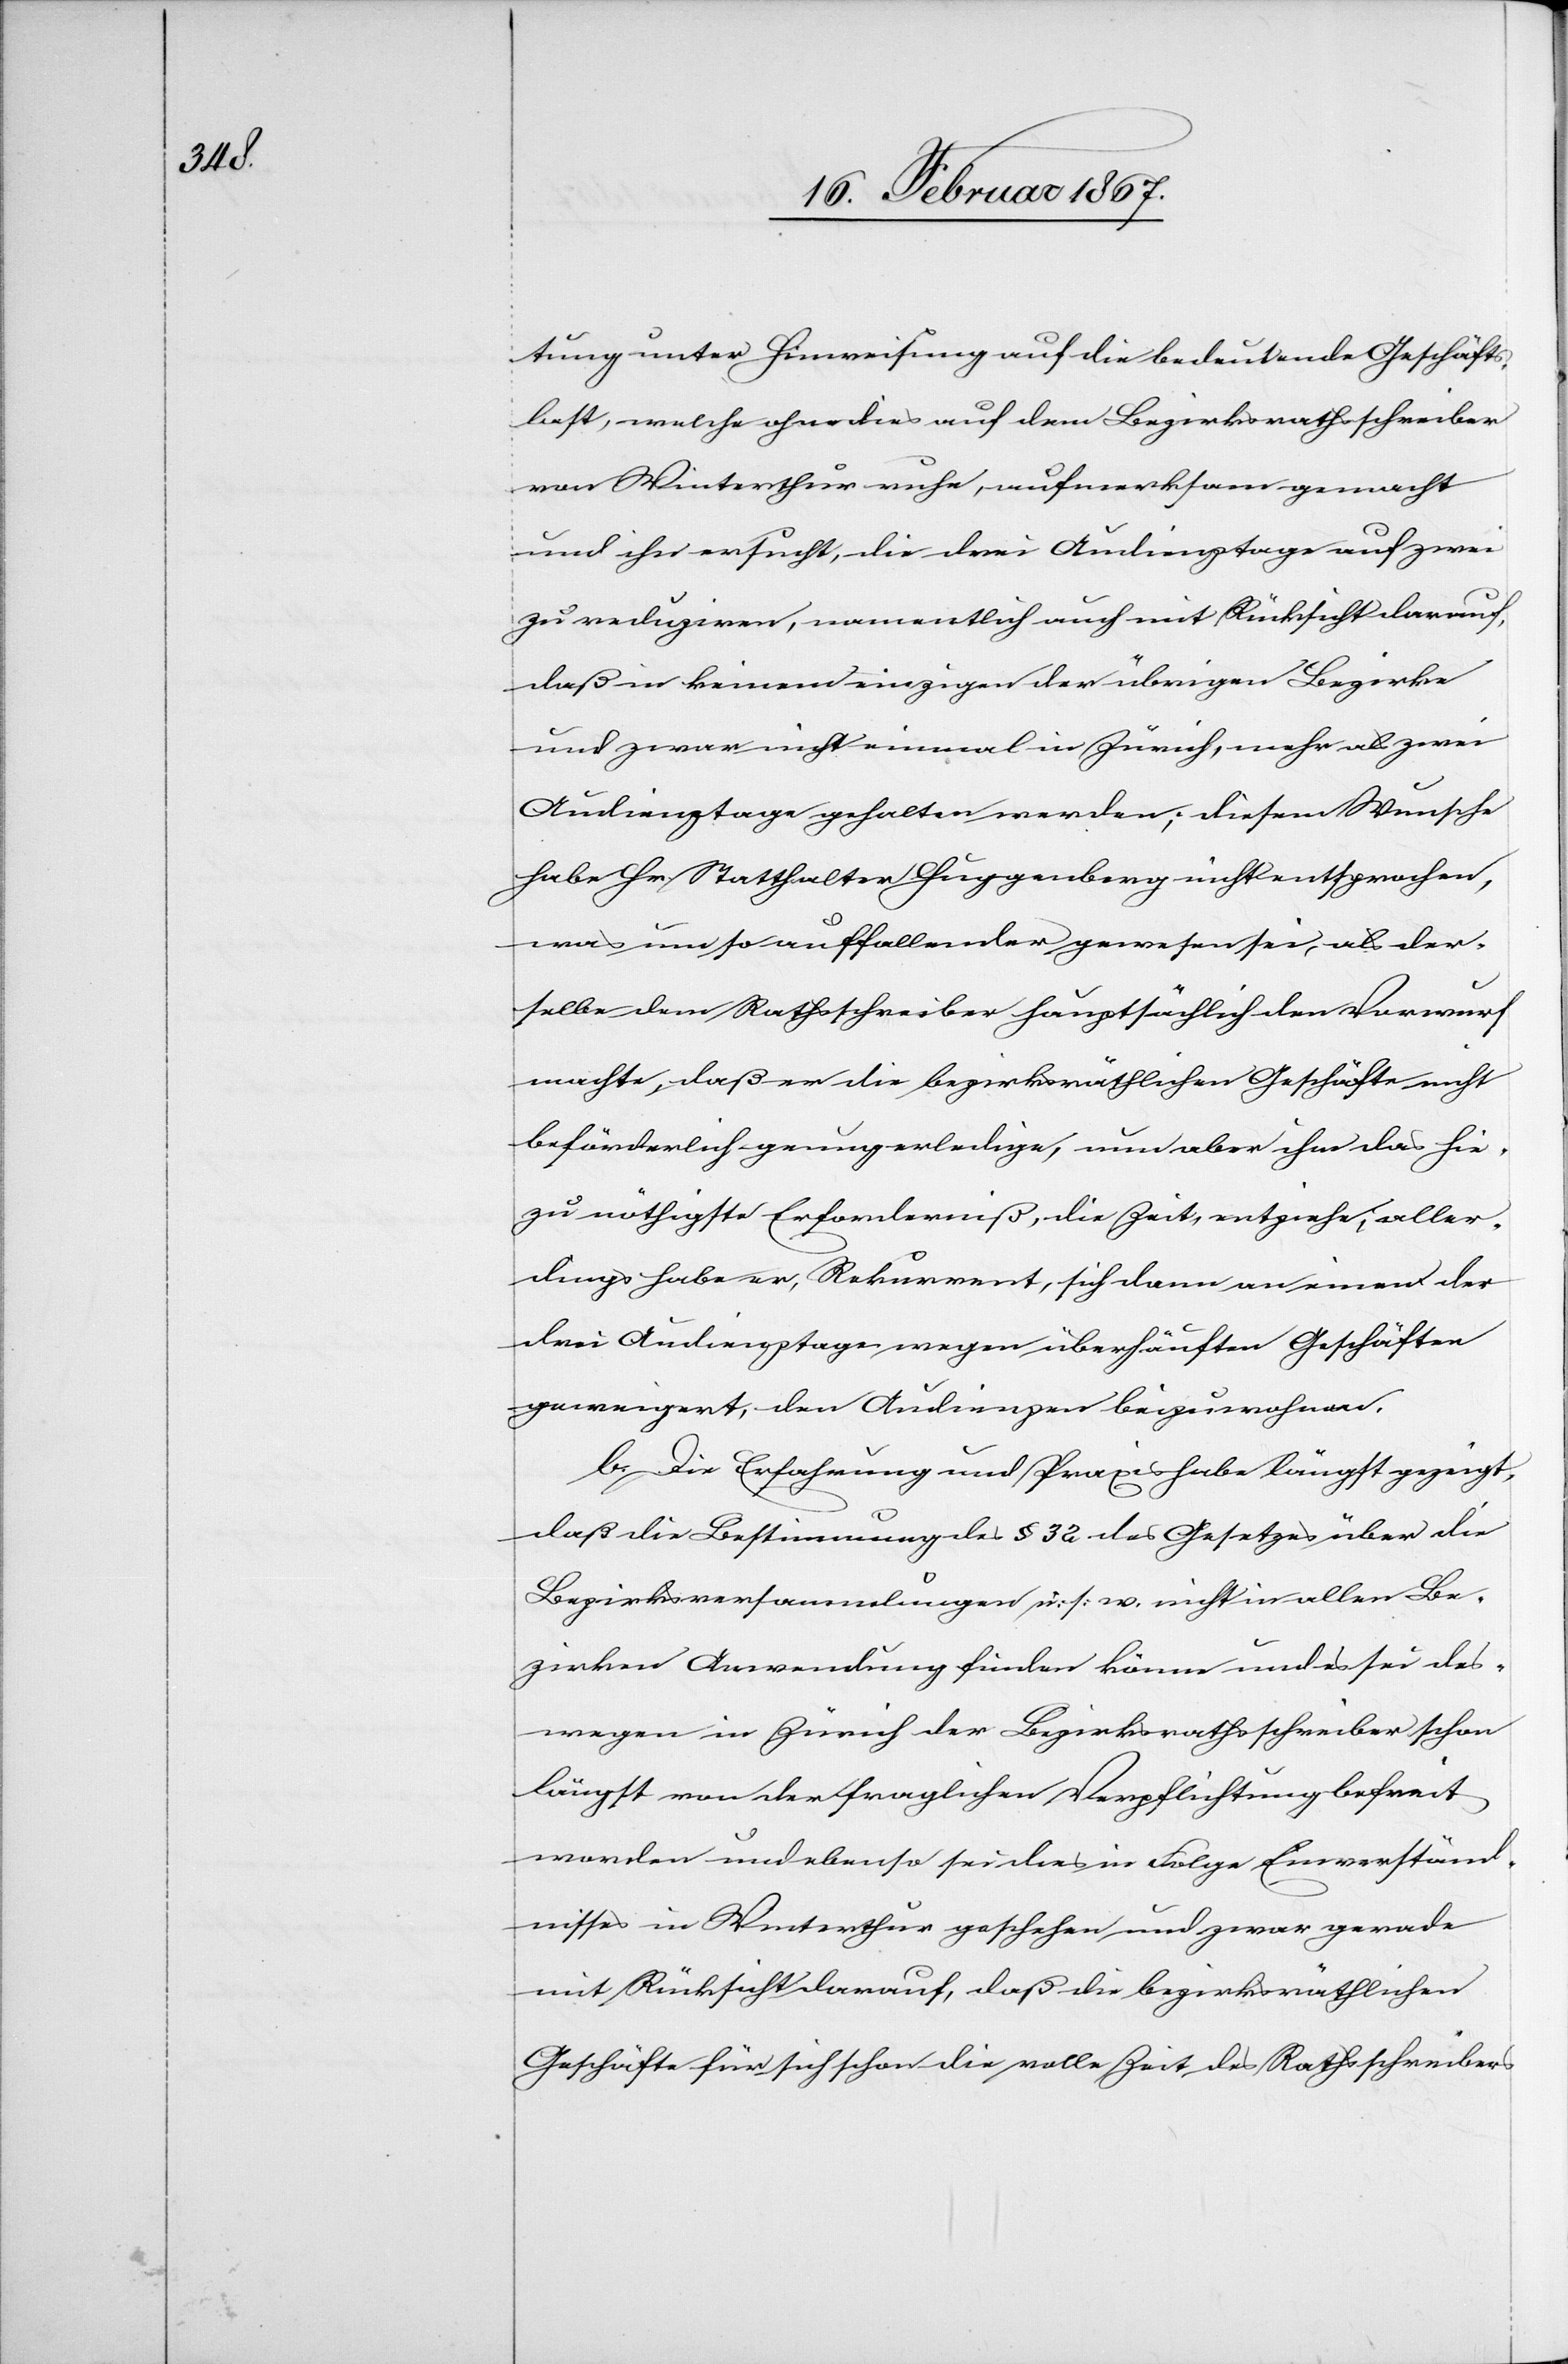
tung unter Hinweisung auf die bedeutende Geschäfts¬
last, welche ohnedies auf dem Bezirksrathsschreiber
von Winterthur ruhe, aufmerksam gemacht
und ihn ersucht, die drei Audienztage auf zwei
zu reduziren, namentlich auch mit Rücksicht darauf,
daß in keinem einzigen der übrigen Bezirke
und zwar nicht einmal in Zürich, mehr als zwei
Audienztage gehalten werden; diesem Wunsche
habe Hr. Statthalter Huggenberg nicht entsprochen,
was um so auffallender gewesen sei, als der¬
selbe dem Rathsschreiber hauptsächlich den Vorwurf
machte, daß er die bezirksräthlichen Geschäfte nicht
beförderlich genug erledige, nun aber ihm das hie¬
zu nöthigste Erforderniß, die Zeit, entziehe; aller¬
dings habe er, Rekurrent, sich dann an einen der
drei Audienztagen wegen überhäuften Geschäften
geweigert, den Audienzen beizuwohnen.
b. Die Erfahrung und Praxis habe längst gezeigt,
daß die Bestimmung des § 32 des Gesetzes über die
Bezirksversammlungen u. s. w. nicht in allen Be¬
zirken Anwendung finden könne und es sei des¬
wegen in Zürich der Bezirksrathsschreiber schon
längst von der fraglichen Verpflichtung befreit
worden und ebenso sei dies in Folge Einverständ¬
nisses in Winterthur geschehen und zwar gerade
mit Rücksicht darauf, daß die bezirksräthlichen
Geschäfte für sich schon die volle Zeit des Rathsschreibers